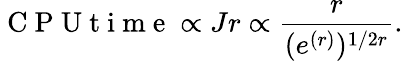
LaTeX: \mathrm{~C~P~U~t~i~m~e~}\propto Jr\propto\frac{r}{(e^{(r)})^{1/2r}}.